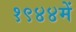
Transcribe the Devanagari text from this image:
१९४४में